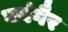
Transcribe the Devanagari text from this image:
यवंगैर